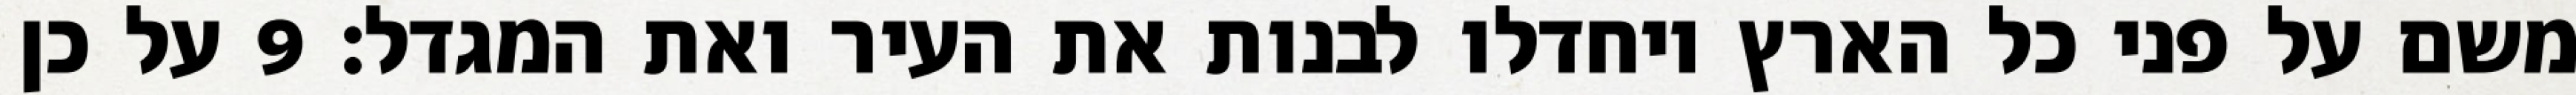
משם על פני כל הארץ ויחדלו לבנות את העיר ואת המגדל׃ ‎9‏ על כן